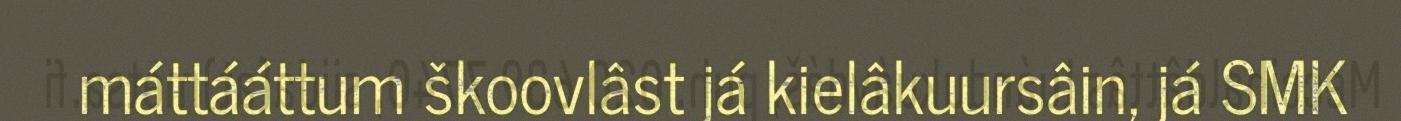
máttááttum škoovlâst já kielâkuursâin, já SMK